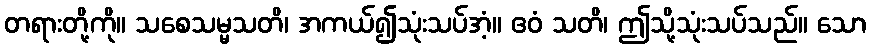
တရားတို့ကို။ သစေသမ္မသတိ၊ အကယ်၍သုံးသပ်အံ့။ ဧဝံ သတိ၊ ဤသို့သုံးသပ်သည်။ သော